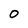
Character: O